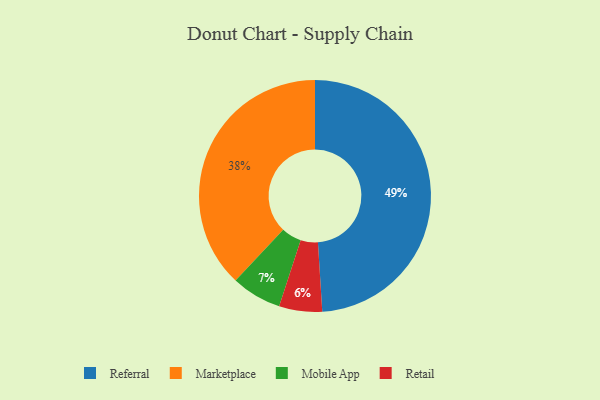
{"axis": {"x": "Category", "y": "Percentage"}, "legend": ["Marketplace", "Mobile App", "Referral", "Retail"], "data": [{"x": "Mobile App", "y": 7, "type": "Mobile App"}, {"x": "Retail", "y": 6, "type": "Retail"}, {"x": "Marketplace", "y": 38, "type": "Marketplace"}, {"x": "Referral", "y": 49, "type": "Referral"}]}